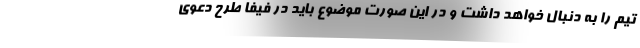
تیم را به دنبال خواهد داشت و در این صورت موضوع باید در فیفا طرح دعوی